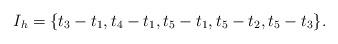
LaTeX: \begin{align*}I_h = \{ t_3-t_1, t_4-t_1, t_5-t_1, t_5-t_2, t_5-t_3 \}.\end{align*}